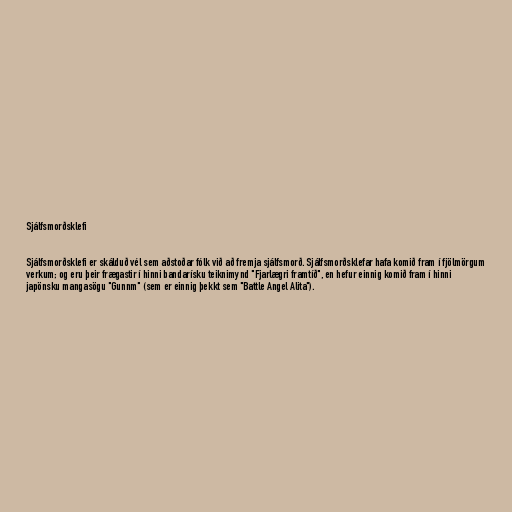
Sjálfsmorðsklefi

Sjálfsmorðsklefi er skálduð vél sem aðstoðar fólk við að fremja sjálfsmorð. Sjálfsmorðsklefar hafa komið fram í fjölmörgum
verkum; og eru þeir frægastir í hinni bandarísku teiknimynd "Fjarlægri framtíð", en hefur einnig komið fram í hinni
japönsku mangasögu "Gunnm" (sem er einnig þekkt sem "Battle Angel Alita").